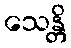
သေန္တိ